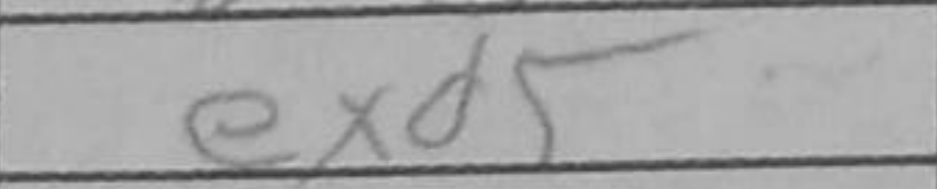
Transcription: exd5